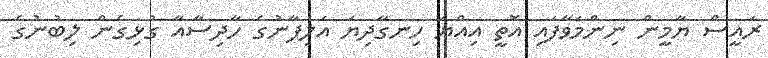
ރައީސް ޔާމީން ނިންމަވާފައި އޮތީ އިއްޔެ ހިނގާދިޔަ އަލިފާނުގެ ހާދިސާއާ ގުޅިގެން ލިބުނުގެ